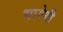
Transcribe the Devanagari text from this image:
भागेगी